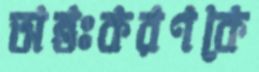
অন্তঃকরণকে